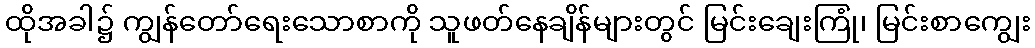
ထိုအခါ၌ ကျွန်တော်ရေးသောစာကို သူဖတ်နေချိန်များတွင် မြင်းချေးကြုံ၊ မြင်းစာကျွေး